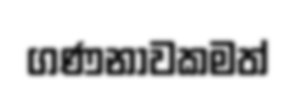
ගණනාවකමත්